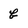
Character: b